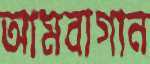
আমবাগান